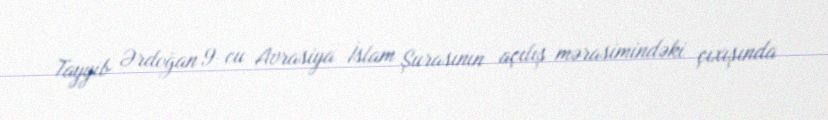
Tayyib Ərdoğan 9-cu Avrasiya İslam Şurasının açılış mərasimindəki çıxışında